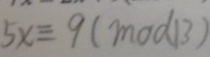
5 x \equiv 9 ( m o d 1 3 )